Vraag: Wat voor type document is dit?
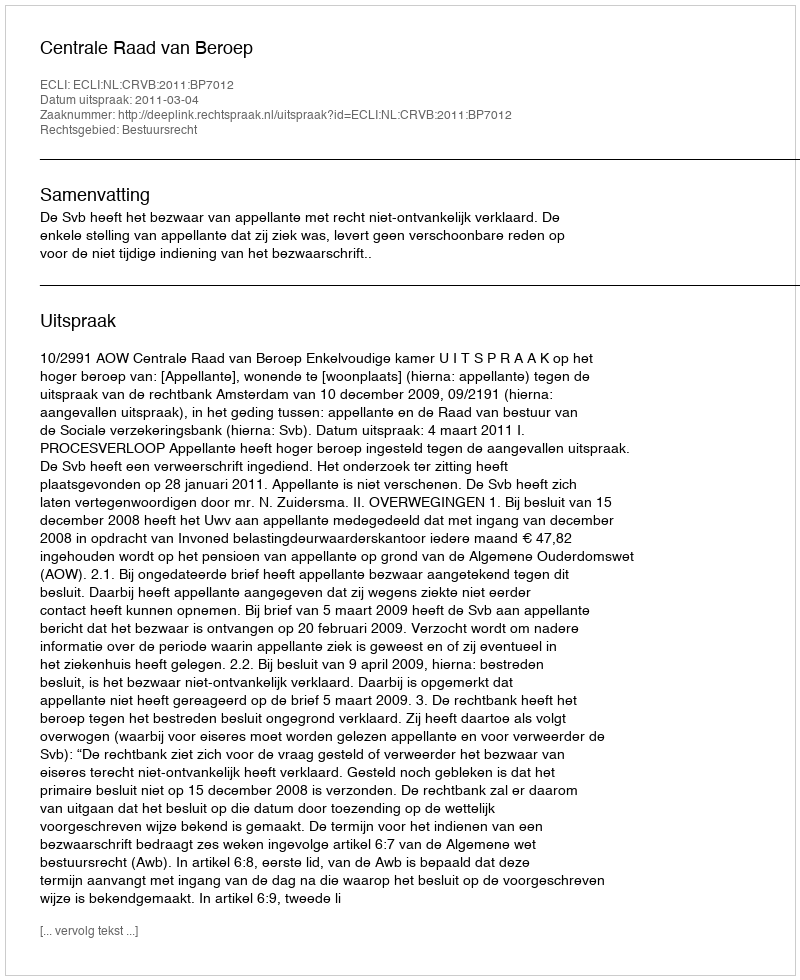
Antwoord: Uitspraak